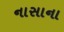
નાસાના